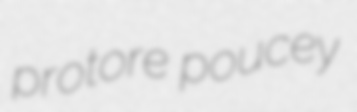
protore poucey